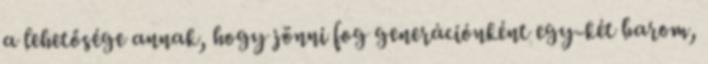
a lehetősége annak, hogy jönni fog generációnként egy-két barom,